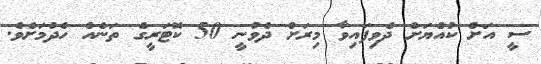
ސީ އަށް ކުއްޔަށް ދެވިފައިވާ މިރަށް ދެވުނީ 50 ކޮޓަރީގެ ތަނެއް ހެދުމަށެވެ.